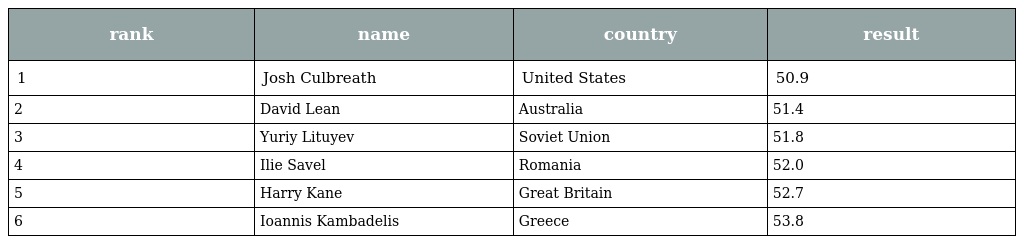
| rank | name | country | result |
 | --- | --- | --- | --- |
 | 1 | Josh Culbreath | United States | 50.9 |
 | 2 | David Lean | Australia | 51.4 |
 | 3 | Yuriy Lituyev | Soviet Union | 51.8 |
 | 4 | Ilie Savel | Romania | 52.0 |
 | 5 | Harry Kane | Great Britain | 52.7 |
 | 6 | Ioannis Kambadelis | Greece | 53.8 |